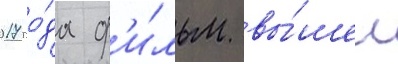
2017 го́да ф'и́льм вы́шел